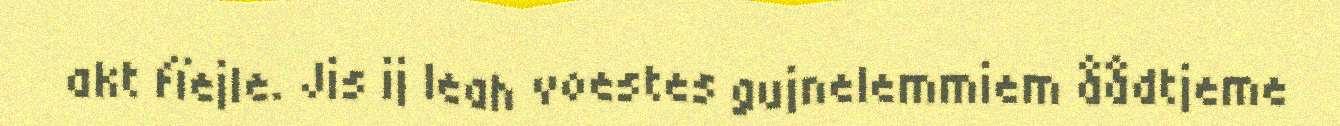
akt fïejle. Jis ij leah voestes gujnelemmiem åådtjeme